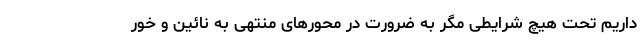
داریم تحت هیچ شرایطی مگر به ضرورت در محورهای منتهی به نائین و خور